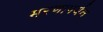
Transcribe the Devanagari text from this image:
मरणापर्यंत